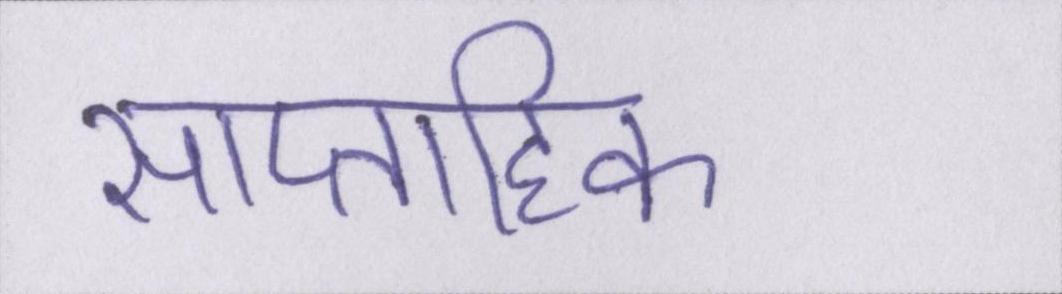
साप्ताहिक